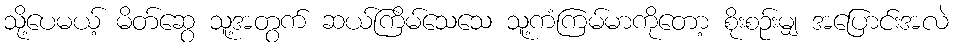
သို့ပေမယ့် မိတ်ဆွေ သူ့အတွက် ဆယ်ကြိမ်သေသေ သူ့ကံကြမ်မာကိုတော့ စိုးစဉ်းမျှ အပြောင်းအလဲ